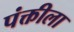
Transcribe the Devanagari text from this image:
पंक्तीला